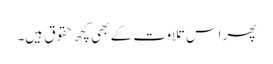
پھر اس تلاوت کے بھی کچھ حقوق ہیں۔